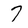
Character: 7